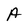
Character: A